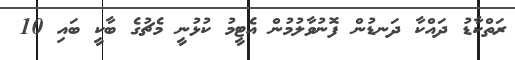
ރަތްކާޑު ދައްކާ ދަނޑުން ފޮނުވާލުމުން އެޓީމު ކުޅުނީ މެޗުގެ ބާކީ ބައި 10